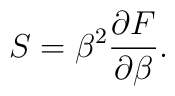
S=\beta^2 {\partial F\over\partial\beta}.